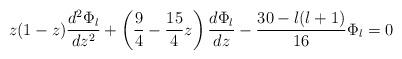
LaTeX: \begin{align*}z(1-z) \frac{d^2\Phi_{{l} }}{dz^2} + \left(\frac 94 - \frac{15}{4}z\right)\frac{d\Phi_{{l}}}{dz} - \frac{30-l(l+1)}{16} \Phi_{{l}} = 0\end{align*}